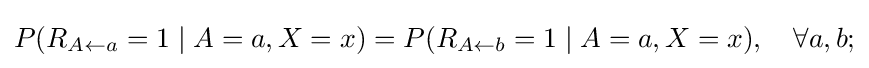
P(R_{A\leftarrow a}=1\mid A=a,X=x)=P(R_{A\leftarrow b}=1\mid A=a,X=x),\quad \forall a,b;